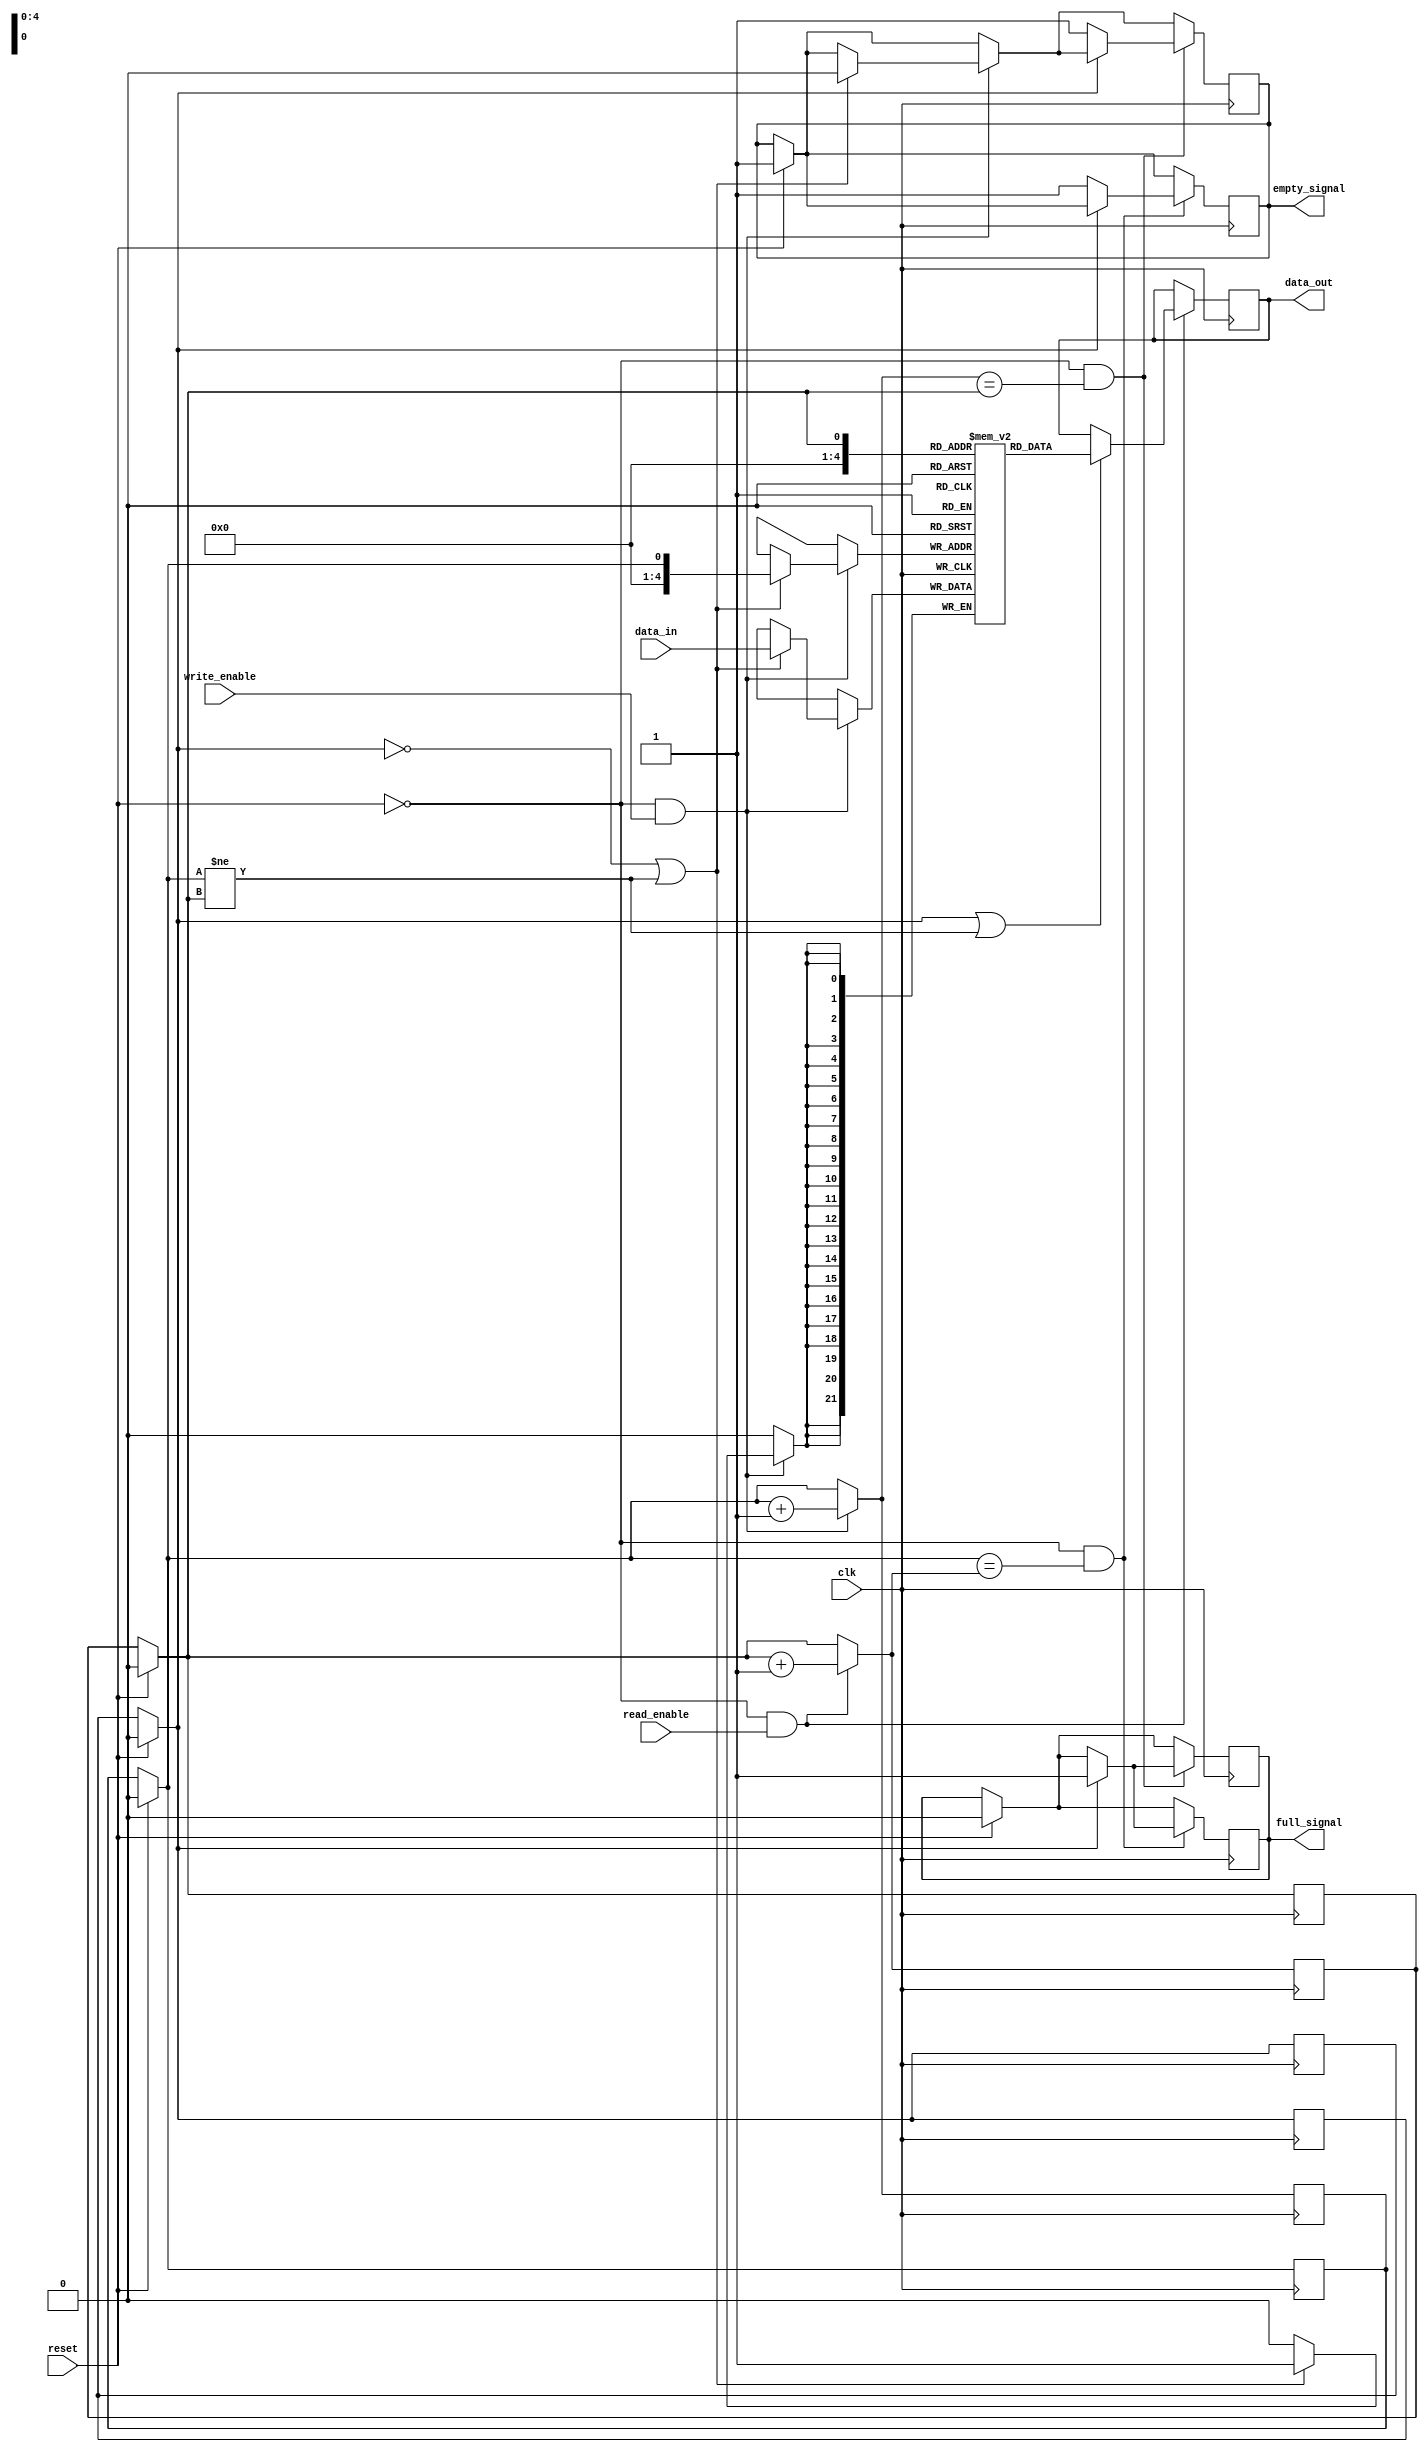
module fifol(clk,reset,write_enable,read_enable,data_in,data_out,empty_signal,full_signal);

parameter word_size = 22;
parameter fifo_size = 20;

input clk,reset;
input write_enable,read_enable;
input [word_size-1:0] data_in;
output [word_size-1:0] data_out;
output empty_signal;
output full_signal;
reg [word_size-1:0] data_out;
reg looped;      //bool variable 0-false 1-true
reg [word_size-1:0] memory[fifo_size:0];
reg head,tail;
reg empty_signal;
reg full_signal;

always @(posedge clk)
		begin
			if(reset==1)
				begin
					head = 0;
					tail = 0;
					looped = 0;
					full_signal = 0;
					empty_signal = 1;
				end
			if(reset!=1&&write_enable==1)
				begin
					if((looped==0)||(head!=tail))
						begin
							empty_signal = 0;
							memory[head] = data_in;
						end
					if(head==fifo_size)
						begin
							head = 0;
							looped = 1;
						end
					else 
						begin
							head = head + 1;
						end
				end
			if(reset!=1&&head==tail)
				begin
					if(looped==1)
						begin
							full_signal = 1;
						end
					else
						begin
							empty_signal = 1;
						end
				end
		end


always @(posedge clk)
		begin
			if(reset==1)
				begin
					head = 0;
					tail = 0;
					looped = 0;
					full_signal = 0;
					empty_signal = 1;
				end
			if(reset!=1&&read_enable==1)
				begin
					if((looped==1)||(head!=tail))
						begin	
							data_out = memory[tail];
						end
					if(tail==fifo_size)
						begin
							tail = 0;
							looped = 0;
						end
					else
						begin
							tail = tail + 1;
						end
				end
			/*if(reset!=1&&write_enable==1)
				begin
					if((looped==0)||(head!=tail))
						begin
							empty_signal = 0;
							memory[head] = data_in;
						end
					if(head==fifo_size)
						begin
							head = 0;
							looped = 1;
						end
					else 
						begin
							head = head + 1;
						end
				end*/
			if(reset!=1&&head==tail)
				begin
					if(looped==1)
						begin
							full_signal = 1;
						end
					else
						begin
							empty_signal = 1;
						end
				end
		end

endmodule